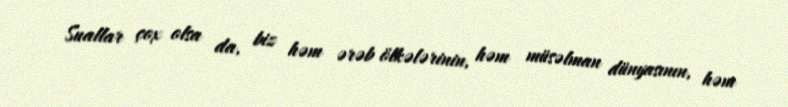
Suallar çox olsa da, biz həm ərəb ölkələrinin, həm müsəlman dünyasının, həm